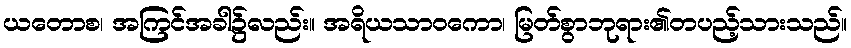
ယတောစ၊ အကြင်အခါ၌လည်း။ အရိယသာဝကော၊ မြတ်စွာဘုရား၏တပည့်သားသည်။